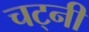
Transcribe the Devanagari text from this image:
चट्नी